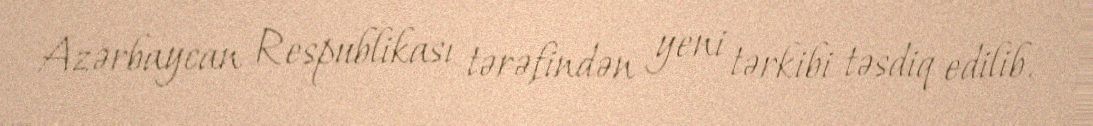
Azərbaycan Respublikası tərəfindən yeni tərkibi təsdiq edilib.